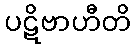
ပဋိဗာဟီတိ